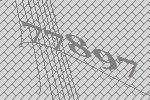
77897